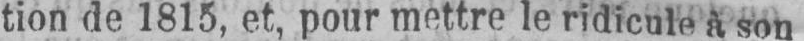
tion de 1815, et, pour mettre le ridicule a son